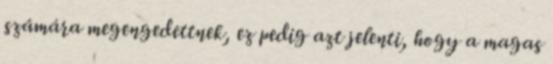
számára megengedettnek, ez pedig azt jelenti, hogy a magas